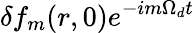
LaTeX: \delta f_{m}(r,0)e^{-im\Omega_{d}t}